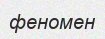
феномен